Vabadussoja_Ajaloo_Komitee, lk 7
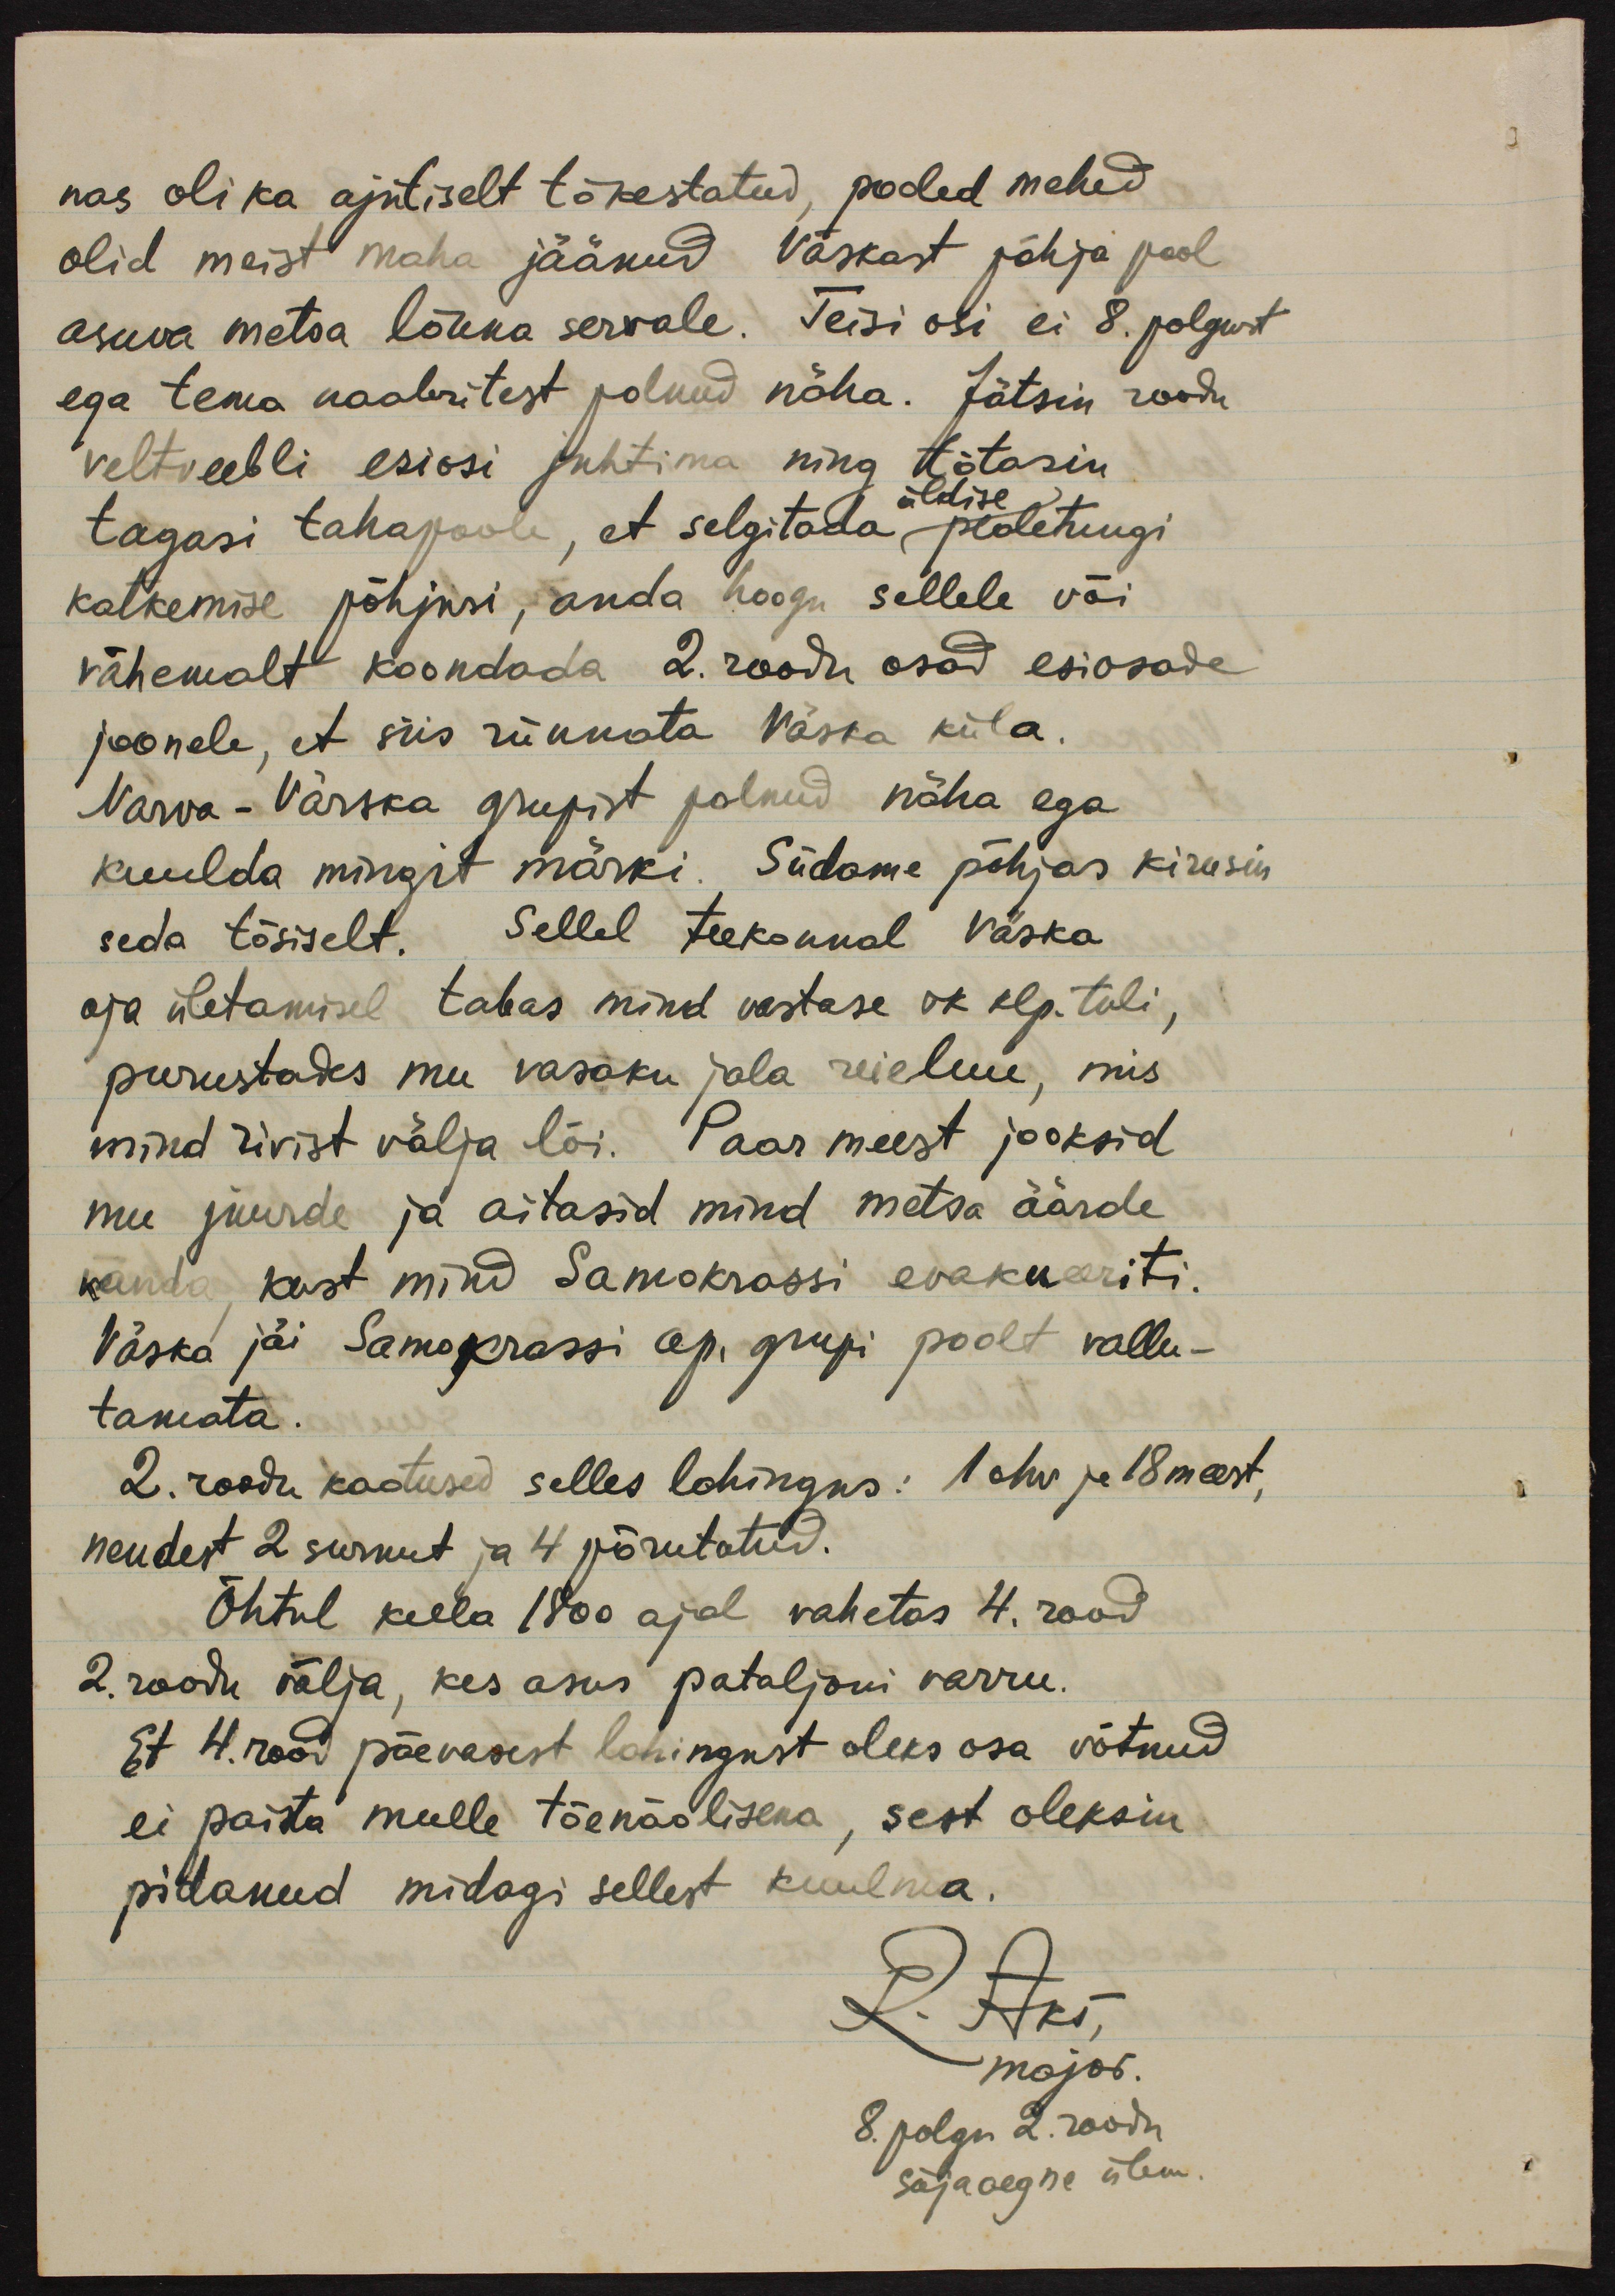
nas oli ka ajutiselt tõkestatud, pooled mehed
olid meist maha jäänud Väskast põhja pool
asuva metsa lõuna servale. Teisi osi ei 8. polgust
ega tema naabritest polnud näha. Jätsin roodu
veltveebli esiosi juhtima ning tõtasin
üldise
tagasi tahapoole, et selgitada pealetungi
katkemise põhjusi, anda hoogu sellele või
vähemalt koondada 2. roodu osad esiosade
joonele, et siis rünnata Väska küla.
Narva-Värska grupist polnud näha ega
kuulda mingit märki. Südame põhjas kirusin
seda tõsiselt. Sellel teekonnal Väska
oja ületamisel tabas mind vastase rk klp. tuli,
purustades mu vasaku jala reieluu, mis
mind rivist välja lõi. Paar meest jooksid
mu juurde ja aitasid mind metsa äärde
kanda, kust mind Samokrassi evakueeriti.
Väska jäi Samokrassi op. grupi poolt vallu-
tamata.
2. roodu kaotused selles lahingus: 1 ohv ja 18 meest,
nendest 2 surnut ja 4 põrutatud.
Õhtul kella 1800 ajal vahetas 4. rood
2. roodu välja, kes asus pataljoni varru.
Et 4. rood päevasest lahingust oleks osa võtnud
ei paista mulle tõenäolisena, sest oleksin
pidanud midagi sellest kuulma.
R. Aks
major.
8. polgu 2. roodu
sõjaaegne ülem.